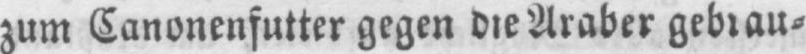
zum Canonenfutter gegen die Araber gebrau⸗